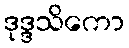
ဒုဒ္ဒသိကော